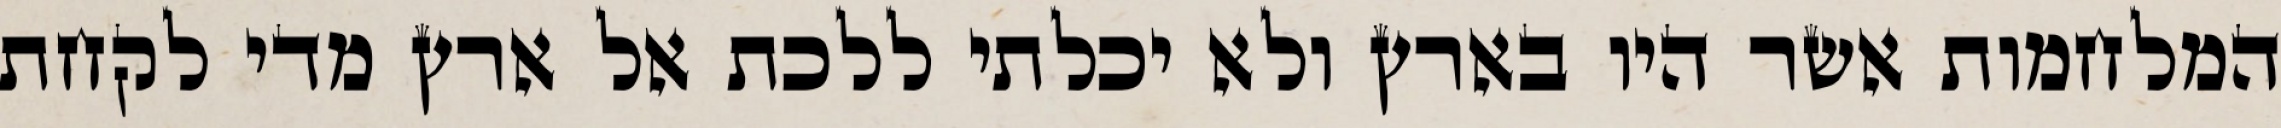
המלחמות אשר היו בארץ ולא יכלתי ללכת אל ארץ מדי לקחת